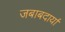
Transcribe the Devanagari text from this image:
जबाबदार्या